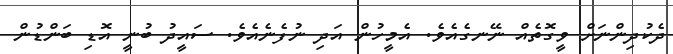
ދެކުދިންނަށް ވީގޮތެއް ނޭނގެއެވެ. އެމީހުން އަދި ނުފެނެއެވެ. ސައީދު ބުނީ އޮޑި ބަންޑުން